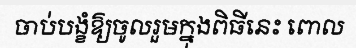
ចាប់បង្ខំឱ្យចូលរួមក្នុងពិធីនេះ ពោល